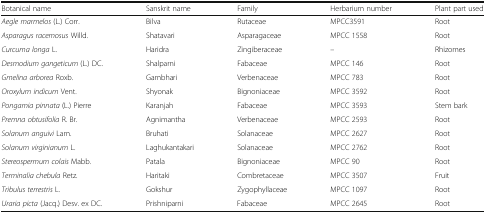
| Botanical name | Sanskrit name | Family | Herbarium number | Plant part used |
 | --- | --- | --- | --- | --- |
 | Aegle marmelos (L.) Corr. | Bilva | Rutaceae | MPCC3591 | Root |
 | Asparagus racemosus Willd. | Shatavari | Asparagaceae | MPCC 1558 | Root |
 | Curcuma longa L. | Haridra | Zingiberaceae | -- | Rhizomes |
 | Desmodium gangeticum (L.) DC. | Shalparni | Fabaceae | MPCC 146 | Root |
 | Gmelina arborea Roxb. | Gambhari | Verbenaceae | MPCC 783 | Root |
 | Oroxylum indicum Vent. | Shyonak | Bignoniaceae | MPCC 3592 | Root |
 | Pongamia pinnata (L.) Pierre | Karanjah | Fabaceae | MPCC 3593 | Stem bark |
 | Premna obtusifolia R. Br. | Agnimantha | Verbenaceae | MPCC 2593 | Root |
 | Solanum anguivi Lam. | Bruhati | Solanaceae | MPCC 2627 | Root |
 | Solanum virginianum L. | Laghukantakari | Solanaceae | MPCC 2762 | Root |
 | Stereospermum colais Mabb. | Patala | Bignoniaceae | MPCC 90 | Root |
 | Terminalia chebula Retz. | Haritaki | Combretaceae | MPCC 3507 | Fruit |
 | Tribulus terrestris L. | Gokshur | Zygophyllaceae | MPCC 1097 | Root |
 | Uraria picta (Jacq.) Desv. ex DC. | Prishniparni | Fabaceae | MPCC 2645 | Root |